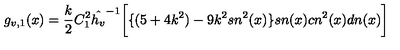
g _ { v , 1 } ( x ) = \frac { k } { 2 } C _ { 1 } ^ { 2 } { \hat { h _ { v } } } ^ { - 1 } \bigg [ \{ ( 5 + 4 k ^ { 2 } ) - 9 k ^ { 2 } s n ^ { 2 } ( x ) \} s n ( x ) c n ^ { 2 } ( x ) d n ( x ) \bigg ]